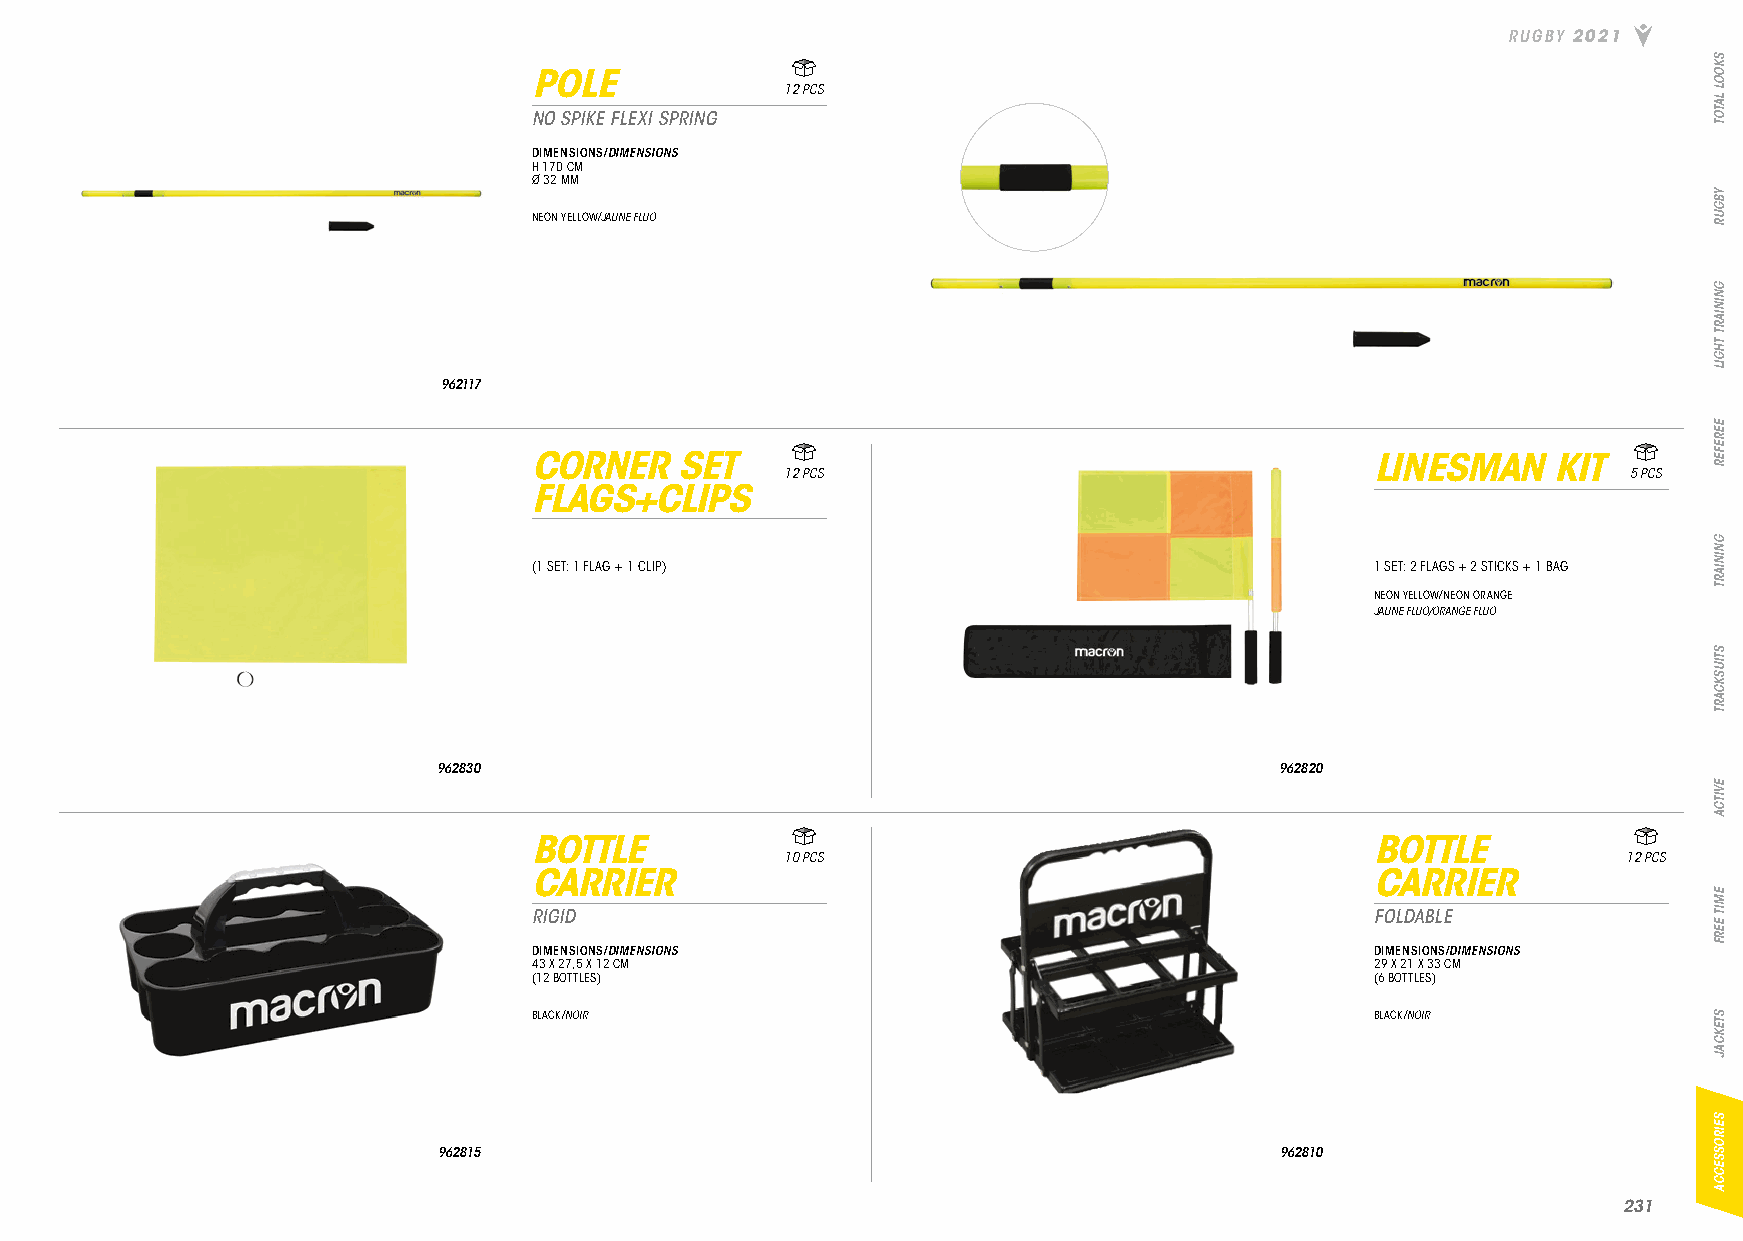
RUGBY 2021
 POLE
 12 PCS
 NO SPIKE FLEXI SPRING
 DIMENSIONS/DIMENSIONS
 H 170 CM
 Ø 32 MM
 NEON YELLOW/JAUNE FLUO
 962117
 CORNER    SET                                           LINESMAN    KIT
 12 PCS                                                  5 PCS
 FLAGS+CLIPS
 (1 SET: 1 FLAG + 1 CLIP)                                1 SET: 2 FLAGS + 2 STICKS + 1 BAG
 NEON YELLOW/NEON ORANGE
 JAUNE FLUO/ORANGE FLUO
 962830                                                  962820
 BOTTLE                                                  BOTTLE
 10 PCS                                                  12 PCS
 CARRIER                                                 CARRIER
 RIGID                                                   FOLDABLE
 DIMENSIONS/DIMENSIONS                                   DIMENSIONS/DIMENSIONS
 43 X 27,5 X 12 CM                                       29 X 21 X 33 CM
 (12 BOTTLES)                                            (6 BOTTLES)
 BLACK/NOIR                                              BLACK/NOIR
 962815                                                  962810
 223311
 SKOOL
 LATOT
 YBGUR
 GNINIART
 THGIL
 EEREFER
 GNINIART
 STIUSKCART
 EVITCA
 EMIT
 EERF
 STEKCAJ
 SEIROSSECCA